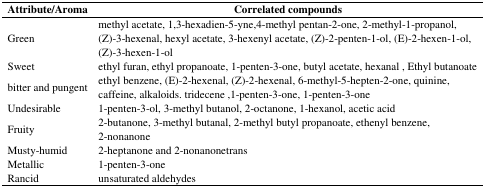
| Attribute/Aroma | Correlated compounds |
 | --- | --- |
 | Green | methyl acetate, 1,3-hexadien-5-yne,4-methyl pentan-2-one, 2-methyl-1-propanol, (Z)-3-hexenal, hexyl acetate, 3-hexenyl acetate, (Z)-2-penten-1-ol, (E)-2-hexen-1-ol, (Z)-3-hexen-1-ol |
 | Sweet | ethyl furan, ethyl propanoate, 1-penten-3-one, butyl acetate, hexanal, Ethyl butanoate |
 | bitter and pungent | ethyl benzene, (E)-2-hexenal, (Z)-2-hexenal, 6-methyl-5-hepten-2-one, quinine, caffeine, alkaloids. tridecene,1-penten-3-one, 1-penten-3-one |
 | Undesirable | 1-penten-3-ol, 3-methyl butanol, 2-octanone, 1-hexanol, acetic acid |
 | Fruity | 2-butanone, 3-methyl butanal, 2-methyl butyl propanoate, ethenyl benzene, 2-nonanone |
 | Musty-humid | 2-heptanone and 2-nonanonetrans |
 | Metallic | 1-penten-3-one |
 | Rancid | unsaturated aldehydes |